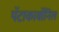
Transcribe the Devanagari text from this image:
पॅटाकार्बोनिल